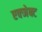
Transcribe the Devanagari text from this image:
एक्जेक्ट